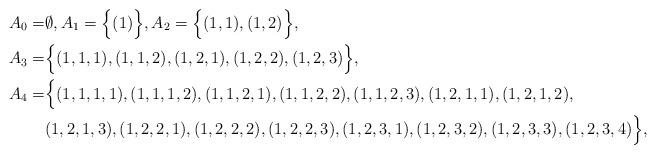
LaTeX: \begin{align*}A_0 =& \emptyset, A_1 = \Big\{ (1)\Big\}, A_2 = \Big\{ (1,1), (1,2) \Big\}, \\A_3 =& \Big\{ (1,1,1), (1,1,2), (1,2,1), (1,2,2), (1,2,3) \Big\}, \\A_4 =& \Big\{ (1,1,1,1), (1,1,1,2), (1,1,2,1), (1,1,2,2), (1,1,2,3), (1,2,1,1), (1,2,1,2), \\& (1,2,1,3), (1,2,2,1), (1,2,2,2), (1,2,2,3), (1,2,3,1), (1,2,3,2), (1,2,3,3), (1,2,3,4) \Big\}, \end{align*}